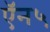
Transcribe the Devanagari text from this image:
ऍन५